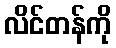
လိင်တန်ကို